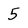
Character: 5